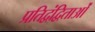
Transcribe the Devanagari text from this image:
प्रतिद्वंद्विताओं